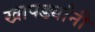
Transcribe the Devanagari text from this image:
खापर्ड्यांनी